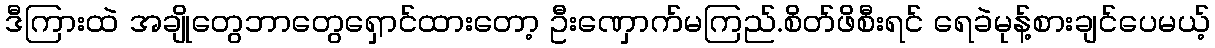
ဒီကြားထဲ အချိုတွေဘာတွေရှောင်ထားတော့ ဦးဏှောက်မကြည်.စိတ်ဖိစီးရင် ရေခဲမုန့်စားချင်ပေမယ့်